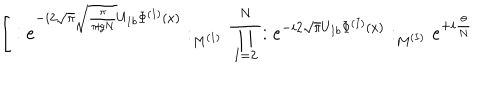
\Bigg [ : e ^ { - i 2 \sqrt { \pi } \sqrt { \frac { \pi } { \pi \! + \! g N } } U _ { 1 b } \Phi ^ { ( 1 ) } ( x ) } : _ { M ^ { ( 1 ) } } \; \prod _ { I = 2 } ^ { N } : e ^ { - i 2 \sqrt { \pi } U _ { I b } \Phi ^ { ( I ) } ( x ) } : _ { M ^ { ( I ) } } e ^ { + i \frac { \theta } { N } }